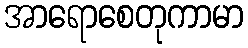
အာရောစေတုကာမာ